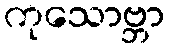
ကုသောဗ္ဘာ